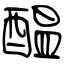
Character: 醖